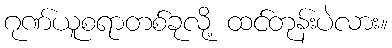
ဂုဏ်ယူစရာတစ်ခုလို့ ထင်တုန်းပဲလား။